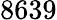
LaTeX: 8639